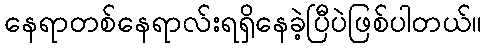
နေရာတစ်နေရာလ်းရရှိနေခဲ့ပြီပဲဖြစ်ပါတယ်။